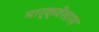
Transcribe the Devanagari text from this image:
मार्क्वेसास